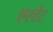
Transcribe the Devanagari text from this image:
एस्टेंट